65_HS1-834228961_62-HQ-83894_Section_1
Agency: FBI
Page 88
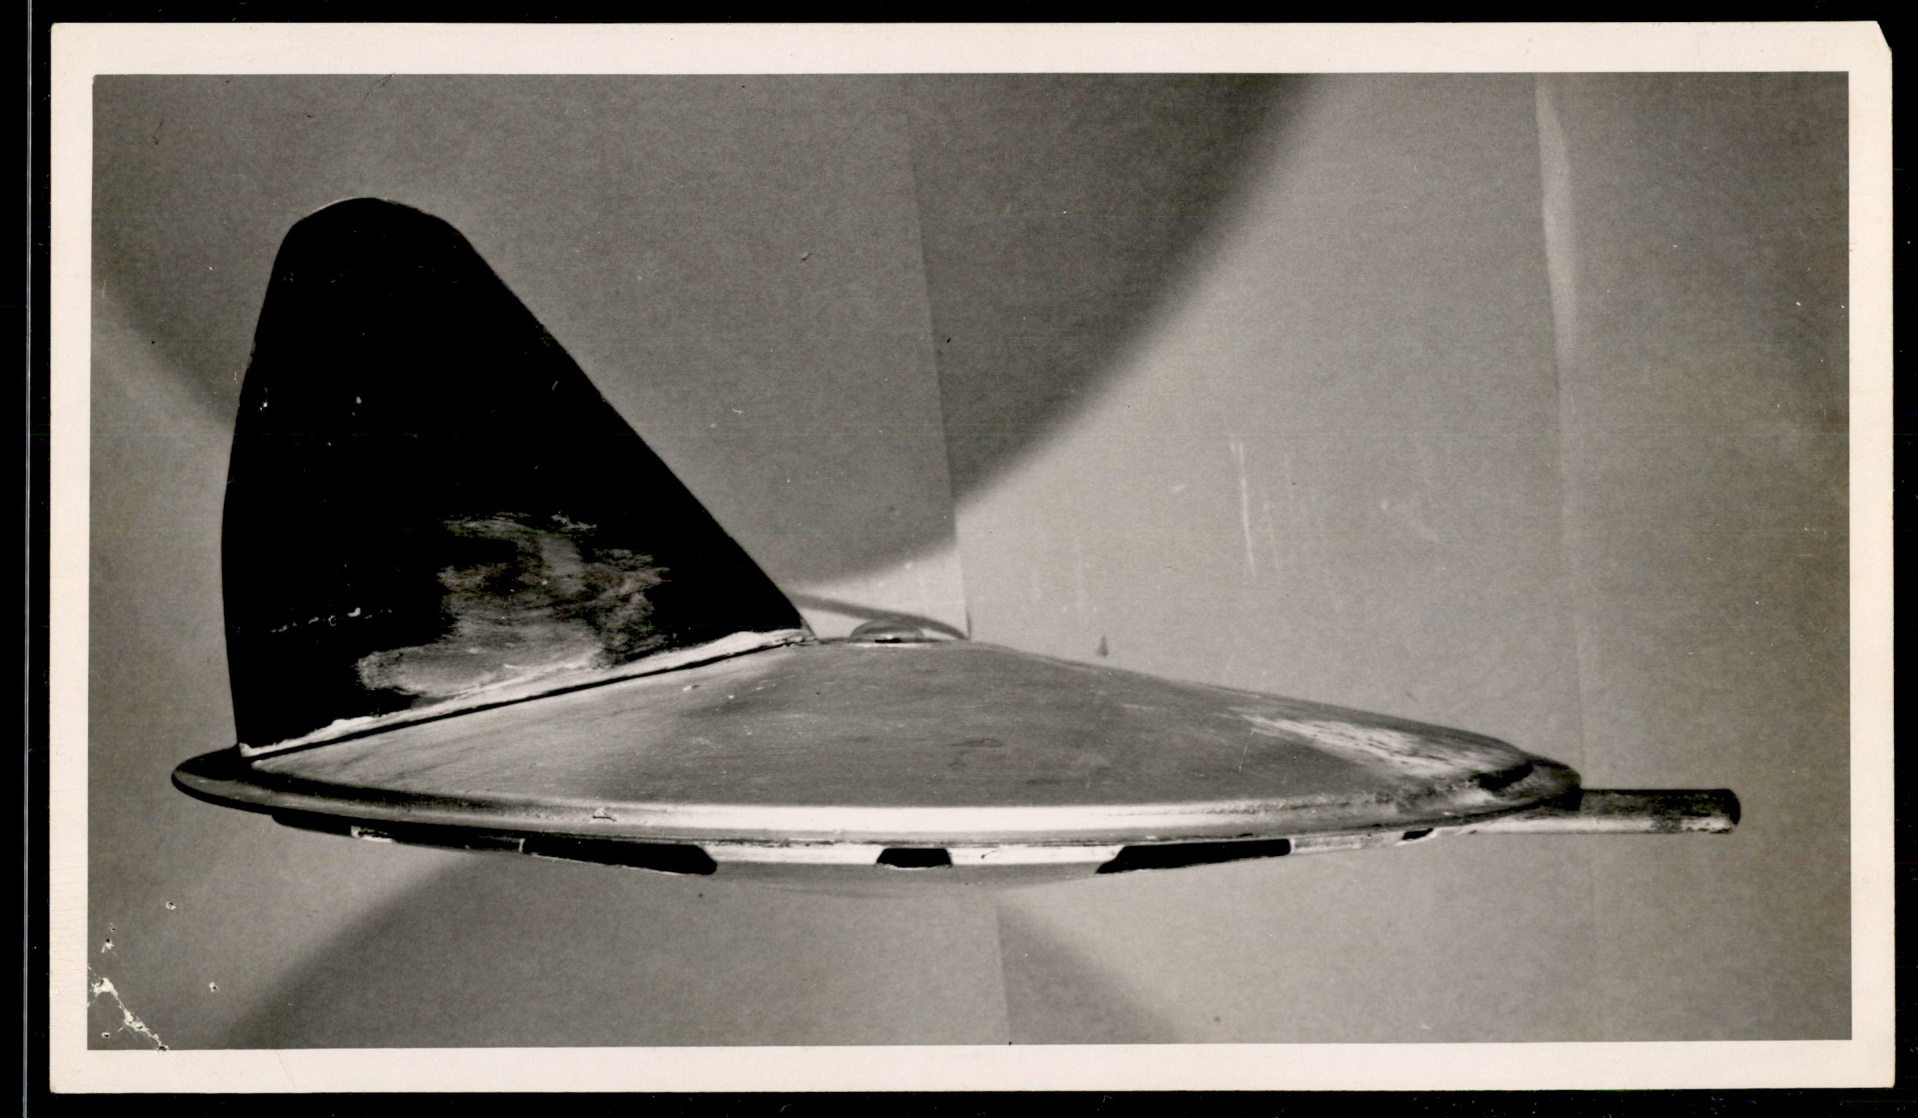